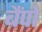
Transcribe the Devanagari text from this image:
बैंपो